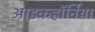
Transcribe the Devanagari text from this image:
आइकहॉर्निया